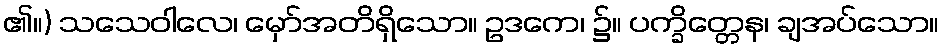
၏။) သသေဝါလေ၊ မှော်အတိရှိသော။ ဥဒကေ၊ ၌။ ပက္ခိတ္တေန၊ ချအပ်သော။